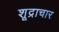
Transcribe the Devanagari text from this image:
शूद्राचार